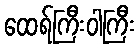
ထေရ်ကြီးဝါကြီး